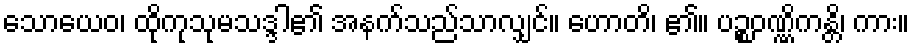
သောယေဝ၊ ထိုကုသုမသဒ္ဒါ၏ အနက်သည်သာလျှင်။ ဟောတိ၊ ၏။ ပဉ္စဝဏ္ဏိကန္တိ၊ ကား။